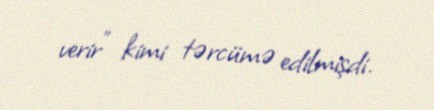
verir” kimi tərcümə edilmişdi.